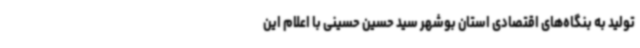
تولید به بنگاه‌های اقتصادی استان بوشهر سید حسین حسینی با اعلام این